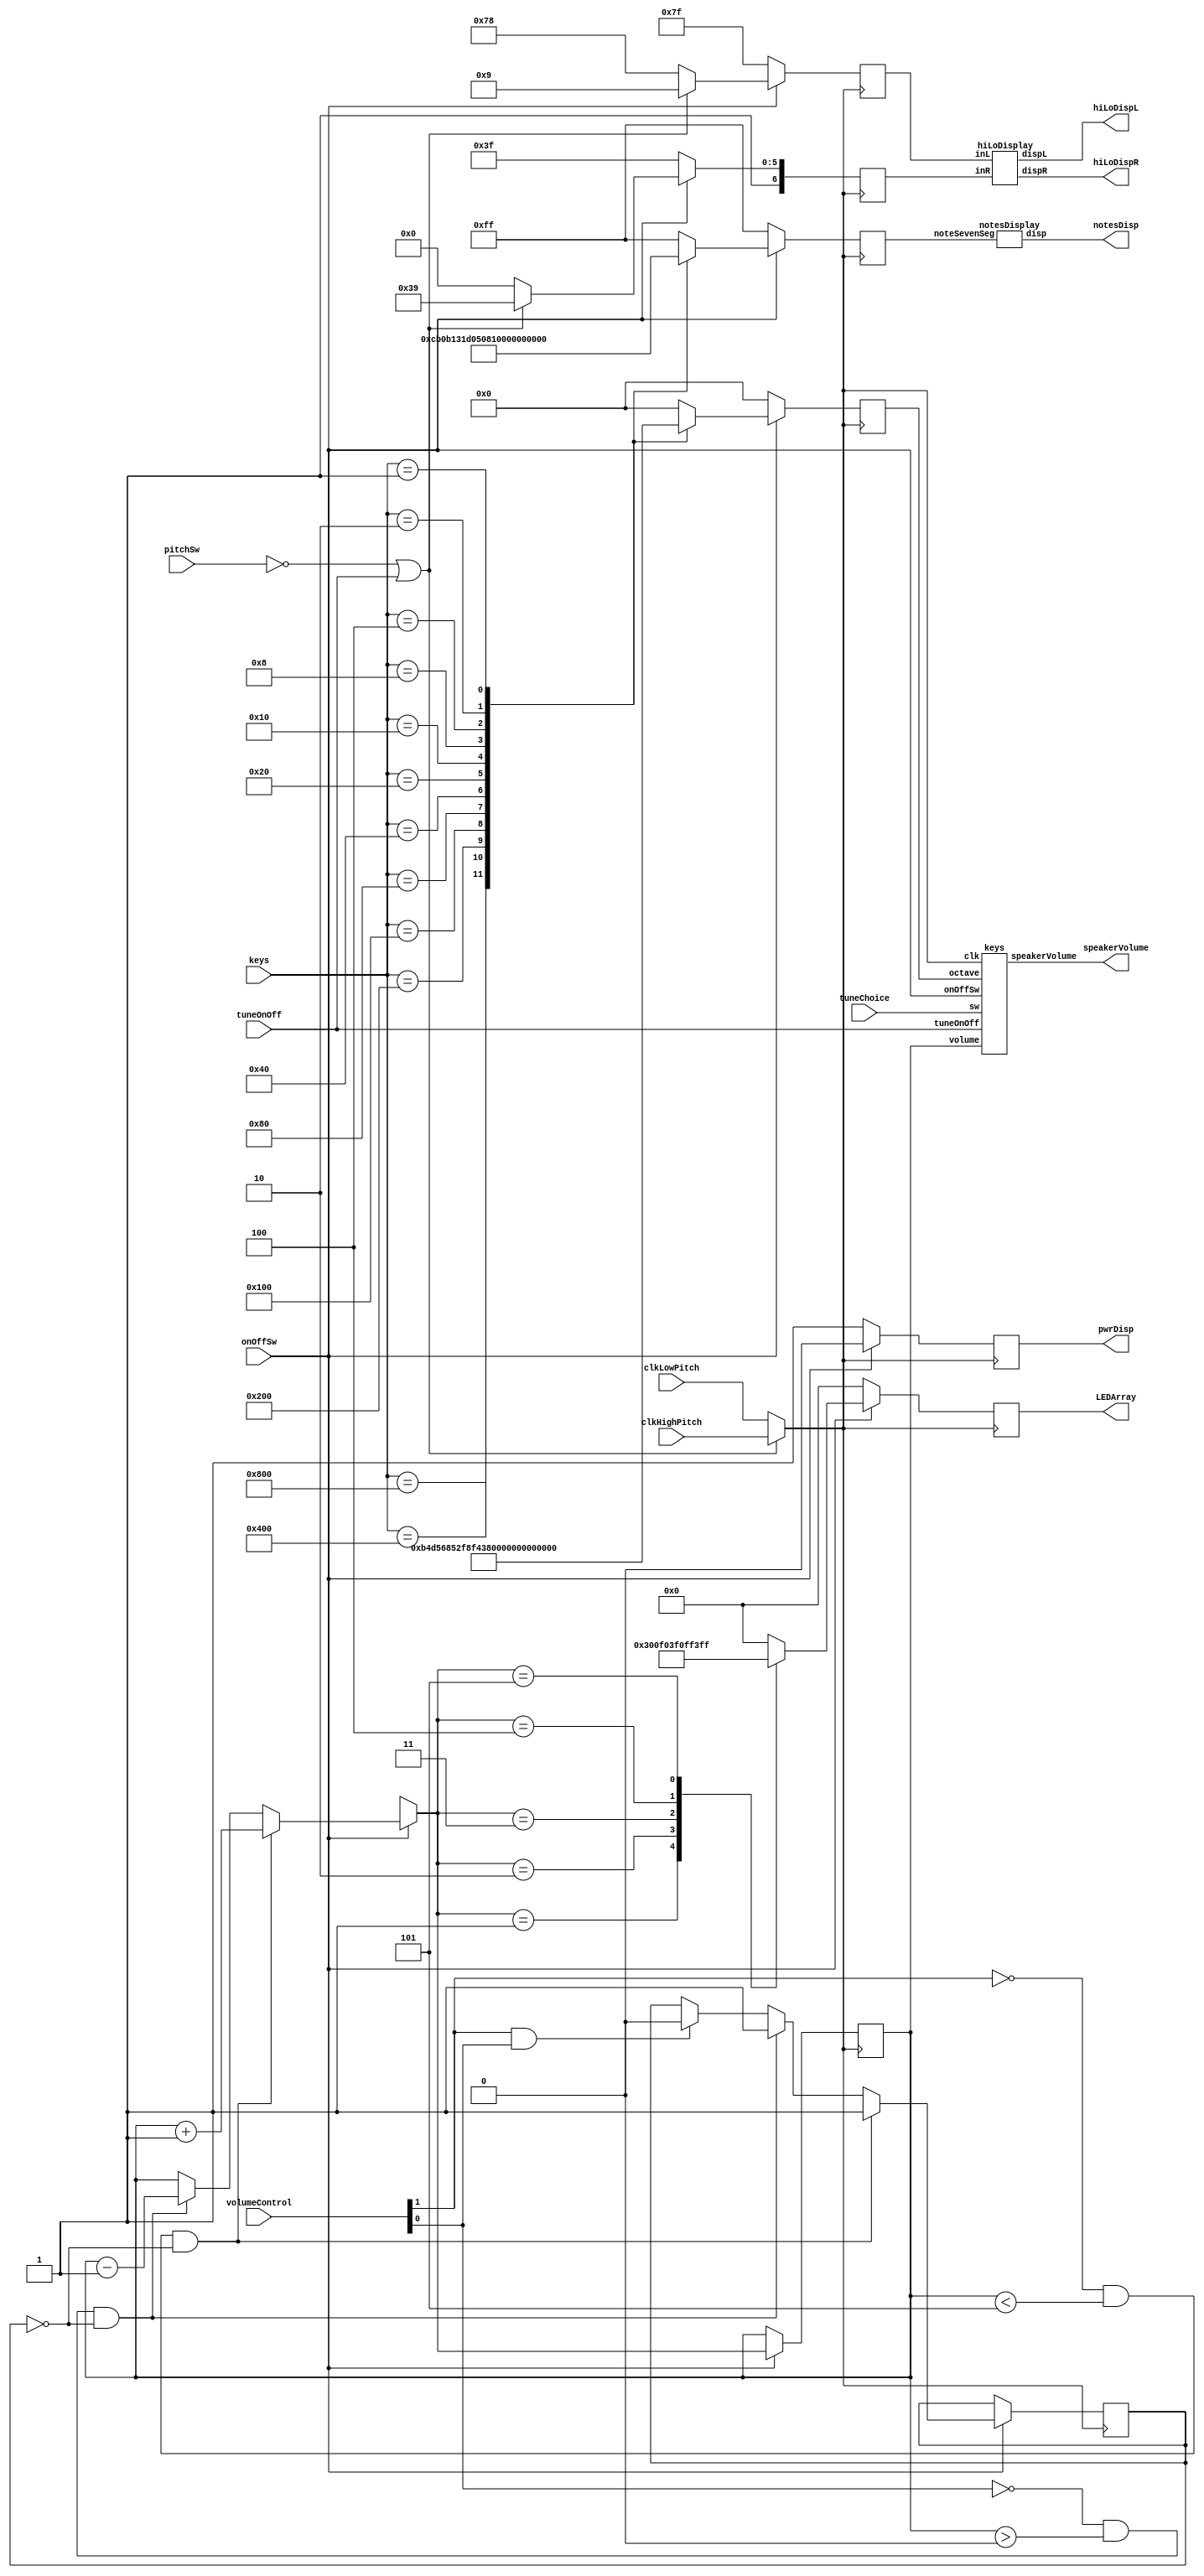
/**
Musical FPGA Instrument

By: 
Michael Sandrin (217144692)
Solomon Ukwosah (215672629)
Usman Elahi (216103682)

*/

//Main Module
module Piano(clkHighPitch, clkLowPitch, pitchSw, onOffSw, tuneChoice, tuneOnOff, volumeControl, speakerVolume, keys, LEDArray, pwrDisp, notesDisp, hiLoDispL, hiLoDispR);

//50 MHz Clock
input clkHighPitch;

//10 MHz Clock
input clkLowPitch;

//Switch to choose Pitch
input pitchSw;

//Clock to System
reg clk;

//Soft on/off switch (SW0)
input onOffSw;

input tuneOnOff;

input tuneChoice;

//Volume Control Buttons ([0] = Key0, [1] = Key1)
input [1:0] volumeControl;

//Register to allow volume changes one button press at a time
reg nextIncrement = 1'b0;

//Controls volume level (which volume resistor selected)
reg [2:0] volume = 3'b000;

//Each volume path ([0] being lowest volume, [4] being highest volume)
output [4:0] speakerVolume;

//The Corresponding LED Array above the switches
output reg [9:0] LEDArray = 10'b0000000000;

//Register for the selected octave
reg [8:0] octave;

//12 Input Keys (attached to the breadboard)
input [11:0] keys;

//Output via Seven Segment Displays
output pwrDisp;
output [7:0] notesDisp;
output [6:0] hiLoDispL;
output [6:0] hiLoDispR;

//Register Values for Seven Segment Displays
reg pwrSevenSegDot = 1'b1;
reg [7:0] noteSevenSeg = 8'b11111111;
reg [6:0] hiLoSevenSegL = 7'b1111111;
reg [6:0] hiLoSevenSegR = 7'b1111111;




//For the user to chose the pitch they want based on the clock chosen
//If onOffSw is on
always @(onOffSw) begin

 //If the Pitch is chosen to be on High Pitch (SW1 = 0) or a tune is being played
 if(~pitchSw || tuneOnOff) begin
 
	//Clock register value is the High Pitch Clock (50 MHz Clock)
	clk <= clkHighPitch;
 
 end else begin
 
 //Clock register value is the High Pitch Clock (50 MHz Clock)
 clk <= clkLowPitch;
 
 end

end

//Based on a clock cycle of the 50 MHz Clock
always @(posedge clk) begin

//If the On/Off soft switch is on
if(onOffSw) begin

//Seven Segment Dot turns on to signify the system is on
pwrSevenSegDot = 1'b0;

 //If the Pitch is chosen to be on High Pitch (SW1 = 0) or a tune is being played
 if(~pitchSw || tuneOnOff) begin

   //Sets the Pitch Display to output High Pitch (HI)
	hiLoSevenSegL = 7'b0001001;
	hiLoSevenSegR = 7'b1111001;
 
	end else begin
	
	//Sets the Pitch Display to output Low Pitch (LO)
	hiLoSevenSegL = 7'b1111000;
	hiLoSevenSegR = 7'b1000000;
	
	end
	
//If the Volume Control Increment Button is Pressed and the Volume is less than its maximum (Volume = 5 or 100%)
if(~volumeControl[1] & (volume < 3'b101) & (~nextIncrement)) begin

	//Volume Increments by 1
	volume = volume + 3'b001;
	
	//Sets the Value of next increment to 1 until the button is let go of
	nextIncrement = 1'b1;

//If the Volume Control Decrement Button is Pressed and the Volume is greater than its minimum (Volume = 0 or 0%)
end else if(~volumeControl[0] & (volume > 3'b000) & (~nextIncrement)) begin

	//Volume Decrements by 1
	volume = volume - 3'b001;
	
	//Sets the Value of next increment to 1 until the button is let go of
	nextIncrement = 1'b1;

	
end else if (volumeControl[1] & volumeControl[0]) begin

	//Sets the Value of next increment to 0 as the button is let go of
   nextIncrement = 1'b0;

end

//For the when the keys are pressed
case(keys)

  //First Key is pressed, the octave is 361 (equivalent to D#Eb)
  12'b100000000000: begin 
  
  octave = 361; // D#/Eb
  
  //Displays the Note
  noteSevenSeg = 8'b00001100;
  
  end
  
  //Second Key is pressed, the octave is 341 (equivalent to E)
  12'b010000000000: begin
  
  octave = 341; // E
  
  //Displays the Note
  noteSevenSeg = 8'b10110000;
  
  end
  
  //Third Key is pressed, the octave is 322 (equivalent to F)
  12'b001000000000: begin
 
  octave = 322; // F

  //Displays the Note
  noteSevenSeg = 8'b10110001;

  end
  
  //Fourth Key is pressed, the octave is 303 (equivalent to F#Gb)
  12'b000100000000: begin
  
  octave = 303; // F#/Gb
  
  //Displays the Note
  noteSevenSeg = 8'b00110001;
  
  end
  
  //Fifth Key is pressed, the octave is 286 (equivalent to G)
  12'b000010000000: begin
  
  octave = 286; // G
  
   //Displays the Note
  noteSevenSeg = 8'b11010000;
  
  end
  
  //Sixth Key is pressed, the octave is 270 (equivalent to G#/Ab)
  12'b000001000000: begin
  
  octave = 270; // G#/Ab 
  
  //Displays the Note
  noteSevenSeg = 8'b01010000;
  
  end
  
  //Seventh Key is pressed, the octave is 511 (equivalent to A)
  12'b000000100000: begin
  
  octave = 511; // A
  
  //Displays the Note
  noteSevenSeg = 8'b10000001;
  
  end
  
  //Eigth Key is pressed, the octave is 482 (equivalent to A#/Bb)
  12'b000000010000: begin
 
	octave = 482; // A#/Bb
 
	//Displays the Note
	noteSevenSeg = 8'b00000001;
 
	end
 
  //Ninth Key is pressed, the octave is 455 (equivalent to B)
  12'b000000001000: begin
  
  octave = 455; // B
  
  //Displays the Note
  noteSevenSeg = 8'b10011000;
  
  end
  
  //Tenth Key is pressed, the octave is 430 (equivalent to C)
  12'b000000000100: begin
  
  octave = 430; // C
  
  //Displays the Note
  noteSevenSeg = 8'b11110000;
  
  end
  
  //Eleventh Key is pressed, the octave is 405 (equivalent to C#/Db)
  12'b000000000010: begin
  
  octave = 405; // C#/Db
  
  //Displays the Note
  noteSevenSeg = 8'b01110000;
  
  end
  
  //Twelfth  is pressed, the octave is 383 (equivalent to D)
  12'b000000000001: begin
  
  octave = 383; // D

  //Displays the Note
  noteSevenSeg = 8'b10001100;
  
  end
  
  //Default sets octave to 0, producing no sound when used on music module
default begin

octave = 0; //No octave set, no sound played

//Displays the no Note
noteSevenSeg = 8'b11111111;

end

endcase
 
 //For the when the volumes are set
case(volume)
  //When Volume is set to 0%. all LED's are off
  3'b000: LEDArray = 10'b0000000000;
  
  //When Volume is set to 20%. the LED's 8 and 9 are on
  3'b001: LEDArray = 10'b1100000000;
  
  //When Volume is set to 40%. the LED's 6 to 9 are on
  3'b010: LEDArray = 10'b1111000000;
  
  //When Volume is set to 60%. the LED's 4 to 9 are on
  3'b011: LEDArray = 10'b1111110000;
  
  //When Volume is set to 80%. the LED's 2 to 9 are on
  3'b100: LEDArray = 10'b1111111100;
  
  //When Volume is set to 100%. all LED's are on
  3'b101: LEDArray = 10'b1111111111;
  
//When the system is off, the default would be all LED's off
default LEDArray = 10'b0000000000;

endcase

//When the on/off soft switch is set to off
end else begin

//LED's are off when the system is off
LEDArray = 10'b0000000000;

//Octave is set to 0 so no audio is played when the system is off
octave = 0;

//Sets all Seven Segments Off
pwrSevenSegDot = 1'b1;
noteSevenSeg = 8'b11111111;
hiLoSevenSegL = 7'b1111111;
hiLoSevenSegR = 7'b1111111;

end
	
end



 //Calls on the music module (for notes)
 keys notes(clk, onOffSw, octave, volume, tuneOnOff, tuneChoice, speakerVolume);
 
 //Displays the power seven segment dot according to the register value
 assign pwrDisp = pwrSevenSegDot;
 
 //Calls on the notes display module
 notesDisplay notedisp(noteSevenSeg, notesDisp);
 
 //Calls on the pitch display module
 hiLoDisplay hiLo(hiLoSevenSegL, hiLoSevenSegR, hiLoDispL, hiLoDispR);
 
endmodule





//Notes Display Module
module notesDisplay (noteSevenSeg, disp);

//Notes Seven Segment Values
input [7:0] noteSevenSeg;

//Output Seven Segment Display
output [7:0] disp;

//Sets Value for Segment 0 for the notes display
assign disp[0] = noteSevenSeg[0];

//Sets Value for Segment 1 for the notes display
assign disp[1] = noteSevenSeg[1];

//Sets Value for Segment 2 for the notes display
assign disp[2] = noteSevenSeg[2];

//Sets Value for Segment 3 for the notes display
assign disp[3] = noteSevenSeg[3];

//Sets Value for Segment 4 for the notes display
assign disp[4] = noteSevenSeg[4];

//Sets Value for Segment 5 for the notes display
assign disp[5] = noteSevenSeg[5];

//Sets Value for Segment 6 for the notes display
assign disp[6] = noteSevenSeg[6];

//Sets Value for Segment 7 for the notes display
assign disp[7] = noteSevenSeg[7];

endmodule





//Pitch Display Module
module hiLoDisplay (inL, inR, dispL, dispR);

//Left Seven Segment Values
input [6:0] inL;

//Right Seven Segment Values
input [6:0] inR;

//Left Output Seven Segment Display
output [6:0] dispL;

//Right Output Seven Segment Display
output [6:0] dispR;

//Sets Value for Segment 0 for the Left Pitch display
assign dispL[0] = inL[0];

//Sets Value for Segment 1 for the Left Pitch display
assign dispL[1] = inL[1];

//Sets Value for Segment 2 for the Left Pitch display
assign dispL[2] = inL[2];

//Sets Value for Segment 3 for the Left Pitch display
assign dispL[3] = inL[3];

//Sets Value for Segment 4 for the Left Pitch display
assign dispL[4] = inL[4];

//Sets Value for Segment 5 for the Left Pitch display
assign dispL[5] = inL[5];

//Sets Value for Segment 6 for the Left Pitch display
assign dispL[6] = inL[6];

//Sets Value for Segment 0 for the Right Pitch display
assign dispR[0] = inR[0];

//Sets Value for Segment 1 for the Right Pitch display
assign dispR[1] = inR[1];

//Sets Value for Segment 2 for the Right Pitch display
assign dispR[2] = inR[2];

//Sets Value for Segment 3 for the Right Pitch display
assign dispR[3] = inR[3];

//Sets Value for Segment 4 for the Right Pitch display
assign dispR[4] = inR[4];

//Sets Value for Segment 5 for the Right Pitch display
assign dispR[5] = inR[5];

//Sets Value for Segment 6 for the Right Pitch display
assign dispR[6] = inR[6];

endmodule



//Piano Keys Module
module keys(clk, onOffSw, octave, volume, tuneOnOff, sw, speakerVolume);

//50 MHz Clock
input clk;

input onOffSw;

//Register for the selected octave
input [8:0] octave;

//Controls volume level (which volume resistor selected)
input [2:0] volume;

//Each volume path ([0] being lowest volume, [4] being highest volume)
output reg [4:0] speakerVolume;

//Register for modifiable speaker value
reg speaker;

//Parameter used for the values of the inputs

//Register for divided clock
reg [24:0] clkdivider = 24'd0;

//Register to evenly count for the clock cycle in the wave 
reg [14:0] counter;

//Input if tunes will be played
input tuneOnOff;

//Chooses which song
input sw;

//Register for the sound wave of the chosen sound
reg [30:0] sound;

//Tune values for the tunes chosen by the user
wire [7:0] tunes;

//Calls on the module to obtain the notes
music getnotes(.clk(clk), .sw(sw), .address(sound[29:22]), .notes(tunes));

//Wire to connect the octave for the current sound of the tunes
wire [2:0] tuneOctave;

//Wire to connect the notes for the current sound of the tunes
wire [3:0] notes;

//Calls on the module to obtain the proper octaves for the notes
divide_12 getnotes_octave(.num(tunes[5:0]), .quotient(tuneOctave), .rem(notes));

//Register value to divide the clock properly, which changes the sound of the current sound
reg [8:0] clkdiv;

always @*
case(notes)

	 0: clkdiv = 9'd511;//A
	 1: clkdiv = 9'd482;// A#/Bb
	 2: clkdiv = 9'd455;//B
	 3: clkdiv = 9'd430;//C
	 4: clkdiv = 9'd405;// C#/Db
	 5: clkdiv = 9'd383;//D
	 6: clkdiv = 9'd361;// D#/Eb
	 7: clkdiv = 9'd341;//E
	 8: clkdiv = 9'd322;//F
	 9: clkdiv = 9'd303;// F#/Gb
	10: clkdiv = 9'd286;//G
	11: clkdiv = 9'd270;// G#/Ab
	default: clkdiv = 9'd0;
endcase

reg [8:0] notes_count;
reg [7:0] octave_counter;


//Based on a clock cycle of the 50 MHz Clock
always @(posedge clk) begin

sound <= sound+31'd1;

if(~tuneOnOff) begin
	
	//If Octave is equal to 430 (C note)
   if(octave == (430)) begin
	
	//Clock Divider for the correct octave
	clkdivider = 25000000/430/2;
	
	//If Octave is equal to 430 (C#/Db note) 
	end else if(octave == (405)) begin
	
	//Clock Divider for the correct octave
	clkdivider = 25000000/405/2;
	
	//If Octave is equal to 430 (D note) 
	end else if(octave == (383)) begin
	
	//Clock Divider for the correct octave
	clkdivider = 25000000/383/2;
	
	//If Octave is equal to 430 (D#/Eb note) 
	end else if(octave == (361)) begin
	
	//Clock Divider for the correct octave
	clkdivider = 25000000/361/2;
	
	//If Octave is equal to 430 (E note) 
	end else if(octave == (341)) begin
	
	//Clock Divider for the correct octave
	clkdivider = 25000000/341/2;
	
	//If Octave is equal to 430 (F note) 
	end else if(octave == (322)) begin
	
	//Clock Divider for the correct octave
	clkdivider = 25000000/322/2;
	
	//If Octave is equal to 430 (F#/Gb note) 
	end else if(octave == (303)) begin
	
	//Clock Divider for the correct octave
	clkdivider = 25000000/303/2;
	
	//If Octave is equal to 430 (G note) 
	end else if(octave == (286)) begin
	
	//Clock Divider for the correct octave
	clkdivider = 25000000/286/2;
	
	//If Octave is equal to 430 (G#/Ab note) 
	end else if(octave == (270)) begin
	
	//Clock Divider for the correct octave
	clkdivider = 25000000/270/2;
	
	//If Octave is equal to 430 (A note) 
	end else if(octave == (511)) begin
	
	//Clock Divider for the correct octave
	clkdivider = 25000000/511/2;
	
	//If Octave is equal to 430 (A#/Bb note) 
	end else if(octave == (482)) begin
	
	//Clock Divider for the correct octave
	clkdivider = 25000000/482/2;
	
	//If Octave is equal to 430 (B note) 
	end else if(octave == (455)) begin
	
	//Clock Divider for the correct octave
	clkdivider = 25000000/455/2;
	
	//No octave is given
	end else begin
	
	//Clock Divider to set the speaker to output no sound
	clkdivider = 0;
	
	end
	
	//Divides the clock into a proper signal based on the timing of the counter
	if (clkdivider != 0) begin
	
		//Changes the counter value to the previous divided clock value correspondingly
		if(counter==0) counter <= clkdivider-1; else counter <= counter-1;

		//Inverts the value of the speaker if counter is equal to 0
		if(counter==0) speaker <= ~speaker;

	end
	
end

//If the tune Switch is set to be on as well as the system is on
else if (tuneOnOff & onOffSw) begin

/**

Start of FPGA4FUN Sound Segment
https://sites.google.com/site/tgptechnologies/fpga-project/music-box

*/

if(notes_count==0)
	begin
		 notes_count <= clkdiv;
		
			if(octave_counter==0)
			begin
		
				octave_counter<=8'd255 >> tuneOctave;
			end
			
			else
			begin
				octave_counter <= octave_counter-8'd1;
			end
			
	end
	
	else 
	begin
		notes_count <= notes_count-9'd1;
	end
	
	
	
	if(notes_count==0 && octave_counter==0)
	begin
		if(tunes!=0 && sound[21:18]!=0)
		begin
		speaker <= ~speaker;
		end	
	end

end

/**

END of FPGA4FUN Sound Segment
https://sites.google.com/site/tgptechnologies/fpga-project/music-box

https://www.fpga4fun.com/MusicBox.html

*/


	
//For the when the volumes are set
case(volume) 

//For the when the volume is 0%, no path of resistance is chosen
3'b000: begin

speakerVolume[0] = 0;
speakerVolume[1] = 0;
speakerVolume[2] = 0;
speakerVolume[3] = 0;
speakerVolume[4] = 0;

end

//For the when the volume is 20%, First path of resistance is chosen (Highest Resistance)
3'b001: begin

speakerVolume[0] = speaker;
speakerVolume[1] = 0;
speakerVolume[2] = 0;
speakerVolume[3] = 0;
speakerVolume[4] = 0;

end

//For the when the volume is 40%, Second path of resistance is chosen
3'b010: begin

speakerVolume[0] = 0;
speakerVolume[1] = speaker;
speakerVolume[2] = 0;
speakerVolume[3] = 0;
speakerVolume[4] = 0;

end

//For the when the volume is 60%, Third path of resistance is chosen
3'b011: begin

speakerVolume[0] = 0;
speakerVolume[1] = 0;
speakerVolume[2] = speaker;
speakerVolume[3] = 0;
speakerVolume[4] = 0;

end

//For the when the volume is 80%, Fourth path of resistance is chosen
3'b100: begin

speakerVolume[0] = 0;
speakerVolume[1] = 0;
speakerVolume[2] = 0;
speakerVolume[3] = speaker;
speakerVolume[4] = 0;

end

//For the when the volume is 100%, Fifth path of resistance is chosen (Least Resistance)
3'b101: begin

speakerVolume[0] = 0;
speakerVolume[1] = 0;
speakerVolume[2] = 0;
speakerVolume[3] = 0;
speakerVolume[4] = speaker;


end

endcase
	
end

endmodule


/**

START of FPGA4FUN  Music Box Segment
https://www.fpga4fun.com/MusicBox.html

*/


module divide_12(input [5:0] num,  /** value to be divided by 12 */output reg [2:0] quotient, output [3:0] rem);

reg [1:0] rem_32;
always @(num[5:2])
begin 
	quotient=(num[5:2])/3;
	rem_32 = (num[5:2])%3;
	
end	
	
assign rem[1:0] = num[1:0];  // the first 2 bits will be copied exactly
assign rem[3:2] = rem_32;  // last 2 bits will come from the case statement
endmodule


module music(input clk, input sw,input [7:0] address,output reg [7:0] notes);

always @(posedge clk)
if (sw)
begin
	// Jingle bells tune
	case(address)
		    0: notes<= 8'd22;
	  		 1: notes<= 8'd22;
			 2: notes<= 8'd22;
			 3: notes<= 8'd22;
			 4: notes<= 8'd22;
			 5: notes<= 8'd22;
			 6: notes<= 8'd22;
			 7: notes<= 8'd22;
			 8: notes<= 8'd00;
			 9: notes<= 8'd22;
			 10: notes<= 8'd22;
			 11: notes<= 8'd22;
			 12: notes<= 8'd22;
			 13: notes<= 8'd22;
			 14: notes<= 8'd22;
			 15: notes<= 8'd22;
			 16: notes<= 8'd22;
			 17: notes<= 8'd00;
			 18: notes<= 8'd22;
		    19: notes<= 8'd22;
			 20: notes<= 8'd25;
			 21: notes<= 8'd25;
			 22: notes<= 8'd18;
			 23: notes<= 8'd18;
			 24: notes<= 8'd20;
			 25: notes<= 8'd00;
			 26: notes<= 8'd00;
			 27: notes<= 8'd22;
			 28: notes<= 8'd22;
			 29: notes<= 8'd22;
			 30: notes<= 8'd22;
			 31: notes<= 8'd22;
			 32: notes<= 8'd22;
			 33: notes<= 8'd22;
			 34: notes<= 8'd22;
			 35: notes<= 8'd00;
			 36: notes<= 8'd23;
			 37: notes<= 8'd23;
			 38: notes<= 8'd23;
			 39: notes<= 8'd23;
			 40: notes<= 8'd23;
			 41: notes<= 8'd23;
			 42: notes<= 8'd23;
			 43: notes<= 8'd00;
			 44: notes<= 8'd00;
			 45: notes<= 8'd23;
			 46: notes<= 8'd23;
			 47: notes<= 8'd22;	 
			 48: notes<= 8'd22;
			 49: notes<= 8'd22;
			 50: notes<= 8'd22;
			 51: notes<= 8'd22;
			 52: notes<= 8'd22;
			 53: notes<= 8'd22;
			 54: notes<= 8'd00;
			 55: notes<= 8'd22;
			 56: notes<= 8'd22;
			 57: notes<= 8'd20;
			 58: notes<= 8'd20;
			 59: notes<= 8'd20;
			 60: notes<= 8'd20;
			 61: notes<= 8'd22;
			 62: notes<= 8'd22;
			 63: notes<= 8'd00;
			 64: notes<= 8'd20;
			 65: notes<= 8'd20;
			 66: notes<= 8'd20;
			 67: notes<= 8'd20;
			 68: notes<= 8'd20;
			 69: notes<= 8'd25;
			 70: notes<= 8'd25;
			 71: notes<= 8'd25;
			 72: notes<= 8'd25;
			 73: notes<= 8'd00;
			 74: notes<= 8'd22;
			 75: notes<= 8'd22;
			 76: notes<= 8'd22;
			 77: notes<= 8'd22;
			 78: notes<= 8'd22;
			 79: notes<= 8'd22;
			 80: notes<= 8'd22;
			 81: notes<= 8'd22;
			 82: notes<= 8'd00;
			 83: notes<= 8'd22;
			 84: notes<= 8'd22;
			 85: notes<= 8'd22;
			 86: notes<= 8'd22;
			 87: notes<= 8'd22;
			 88: notes<= 8'd22;
			 89: notes<= 8'd22;
			 90: notes<= 8'd22;
			 91: notes<= 8'd22;
			 92: notes<= 8'd22;
			 93: notes<= 8'd00;
			 94: notes<= 8'd22;
			 95: notes<= 8'd22;
			 96: notes<= 8'd25;
			 97: notes<= 8'd25;
			 98: notes<= 8'd18;
			 99: notes<= 8'd18;
			100: notes<= 8'd20;
			101: notes<= 8'd00;
			102: notes<= 8'd00;
			103: notes<= 8'd22;
			104: notes<= 8'd22;
			105: notes<= 8'd22;
			106: notes<= 8'd22;
			107: notes<= 8'd22;
			108: notes<= 8'd22;
			109: notes<= 8'd22;
			110: notes<= 8'd22;
			111: notes<= 8'd00;
			112: notes<= 8'd23;
			113: notes<= 8'd23;
			114: notes<= 8'd23;
			115: notes<= 8'd23;
			116: notes<= 8'd23;
			117: notes<= 8'd23;
			118: notes<= 8'd23;
			119: notes<= 8'd23;
			120: notes<= 8'd00;
			121: notes<= 8'd23;
			122: notes<= 8'd23;
			123: notes<= 8'd22;
			124: notes<= 8'd22;
			125: notes<= 8'd22;
			126: notes<= 8'd22;
			127: notes<= 8'd22;
			128: notes<= 8'd22;
			129: notes<= 8'd22;
			130: notes<= 8'd00;
			131: notes<= 8'd25;
			132: notes<= 8'd25;
			133: notes<= 8'd25;
			134: notes<= 8'd25;
			135: notes<= 8'd23;
			136: notes<= 8'd23;
			137: notes<= 8'd20;
			138: notes<= 8'd20;
			139: notes<= 8'd00;
			140: notes<= 8'd18;
			141: notes<= 8'd18;
			142: notes<= 8'd18;
			143: notes<= 8'd18;
			144: notes<= 8'd18;
			145: notes<= 8'd18;
			146: notes<= 8'd18;
			147: notes<= 8'd18;
			148: notes<= 8'd00;	
			default: notes <= 8'd0;

	endcase
	end
	
	
	else
	begin
		case(address)
		 0: notes<= 8'd18;
		 1: notes<= 8'd18;
		 2: notes<= 8'd18;
		 3: notes<= 8'd18;
		 4: notes<= 8'd25;
		 5: notes<= 8'd25;
		 6: notes<= 8'd25;
		 7: notes<= 8'd25;
		 8: notes<= 8'd00;
		 9: notes<= 8'd27;
		 10: notes<= 8'd27;
		 11: notes<= 8'd27;
		 12: notes<= 8'd27;
		 13: notes<= 8'd25;
		 14: notes<= 8'd25;
		 15: notes<= 8'd25;
		 16: notes<= 8'd25;
		 17: notes<= 8'd00;
		 18: notes<= 8'd23;
		 19: notes<= 8'd23;
		 20: notes<= 8'd23;
		 21: notes<= 8'd23;
		 22: notes<= 8'd22;
		 23: notes<= 8'd22;
		 24: notes<= 8'd22;
		 25: notes<= 8'd22;
		 26: notes<= 8'd00;
		 27: notes<= 8'd20;
		 28: notes<= 8'd20;
		 29: notes<= 8'd20;
		 30: notes<= 8'd20;
		 31: notes<= 8'd18;
		 32: notes<= 8'd18;
		 33: notes<= 8'd18;
		 34: notes<= 8'd18;
		 35: notes<= 8'd00;
		 36: notes<= 8'd25;
		 37: notes<= 8'd25;
		 38: notes<= 8'd25;
		 39: notes<= 8'd25;
		 40: notes<= 8'd23;
		 41: notes<= 8'd23;
		 42: notes<= 8'd23;
		 43: notes<= 8'd23;
		 44: notes<= 8'd00;
		 45: notes<= 8'd22;
		 46: notes<= 8'd22;
		 47: notes<= 8'd22;	 
		 48: notes<= 8'd22;
		 49: notes<= 8'd20;
		 50: notes<= 8'd20;
		 51: notes<= 8'd20;
		 52: notes<= 8'd20;
		 53: notes<= 8'd00;
		 54: notes<= 8'd25;
		 55: notes<= 8'd25;
		 56: notes<= 8'd25;
		 57: notes<= 8'd25;
		 58: notes<= 8'd23;
		 59: notes<= 8'd23;
		 60: notes<= 8'd23;
		 61: notes<= 8'd23;
		 62: notes<= 8'd00;
		 63: notes<= 8'd22;
		 64: notes<= 8'd22;
		 65: notes<= 8'd22;
		 66: notes<= 8'd22;
		 67: notes<= 8'd20;
		 68: notes<= 8'd20;
		 69: notes<= 8'd20;
		 70: notes<= 8'd20;
		 71: notes<= 8'd00;
		 72: notes<= 8'd18;
		 73: notes<= 8'd18;
		 74: notes<= 8'd18;
		 75: notes<= 8'd18;
		 76: notes<= 8'd25;
		 77: notes<= 8'd25;
		 78: notes<= 8'd25;
		 79: notes<= 8'd25;
		 80: notes<= 8'd00;
		 81: notes<= 8'd27;
		 82: notes<= 8'd27;
		 83: notes<= 8'd27;
		 84: notes<= 8'd27;
		 85: notes<= 8'd25;
		 86: notes<= 8'd25;
		 87: notes<= 8'd25;
		 88: notes<= 8'd25;
		 89: notes<= 8'd00;
		 90: notes<= 8'd23;
		 91: notes<= 8'd23;
		 92: notes<= 8'd23;
		 93: notes<= 8'd23;
		 94: notes<= 8'd22;
		 95: notes<= 8'd22;
		 96: notes<= 8'd22;
		 97: notes<= 8'd22;
		 98: notes<= 8'd00;
		 99: notes<= 8'd20;
		100: notes<= 8'd20;
		101: notes<= 8'd20;
		102: notes<= 8'd20;
		103: notes<= 8'd18;
		104: notes<= 8'd18;
		105: notes<= 8'd18;
		106: notes<= 8'd18;
		107: notes<= 8'd00;
		default: notes <= 8'd0; 
			endcase
	
	end
	
/**

END of FPGA4FUN  Music Box Segment
https://www.fpga4fun.com/MusicBox.html

*/
	
endmodule